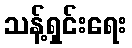
သန့်ရှင်းရေး